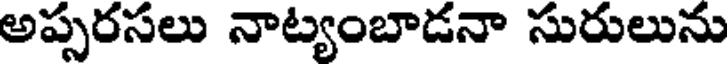
అప్పరసలు నాట్యంబాడనా సురులును